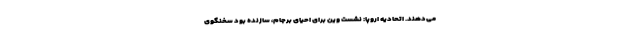
می‌دهند. اتحادیه اروپا: نشست وین برای احیای برجام، سازنده بود سخنگوی